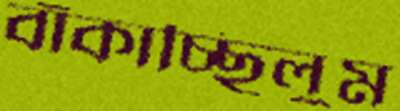
বাঁকাচ্ছিলুম